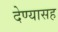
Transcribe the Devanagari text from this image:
देण्‍यासह